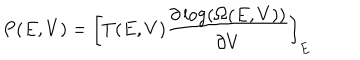
LaTeX: P ( E , V ) = \left[ T ( E , V ) \frac { \partial \log ( \Omega ( E , V ) ) } { \partial V } \right] _ { E }